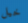
خيل